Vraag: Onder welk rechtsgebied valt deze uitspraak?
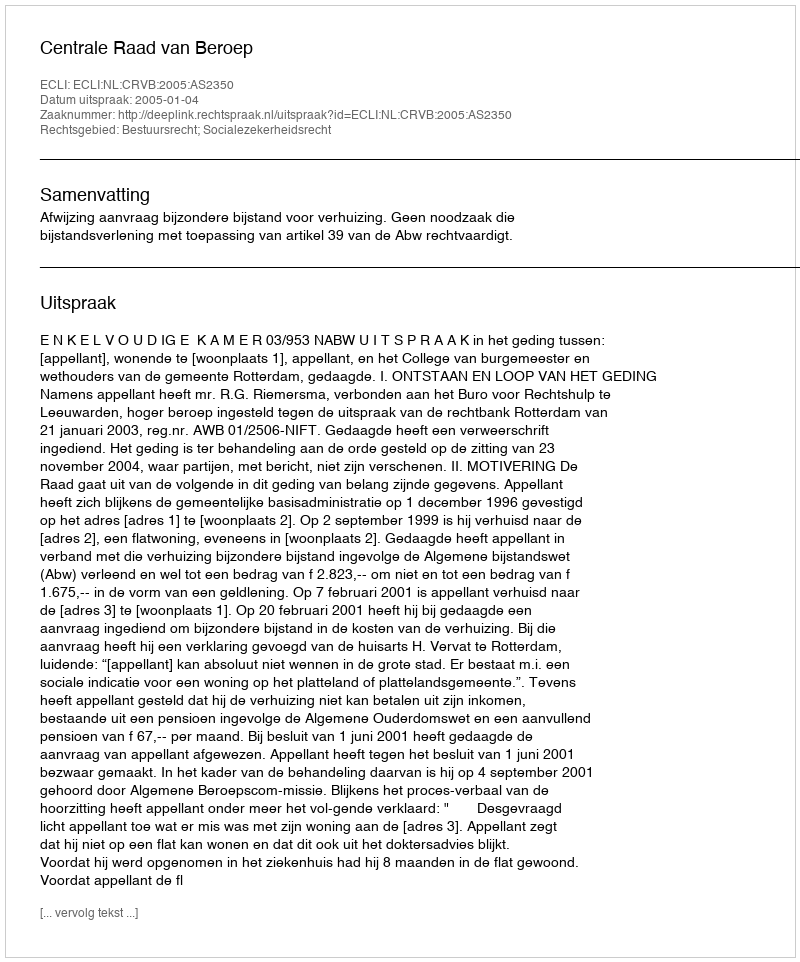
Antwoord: Bestuursrecht; Socialezekerheidsrecht